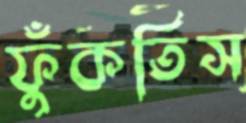
ফুঁকতিস